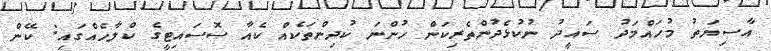
އާސިޔަތު މުހައްމަދު ސައީދު ނުކުޅެދުންތެރިކަން ހުންނަ ކުދިންތަކެއް ކެއާ ސޮސައިޓީގެ ކްލާހެއްގައި: ކޭން